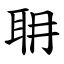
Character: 耼